Annual report on the health of the army in India
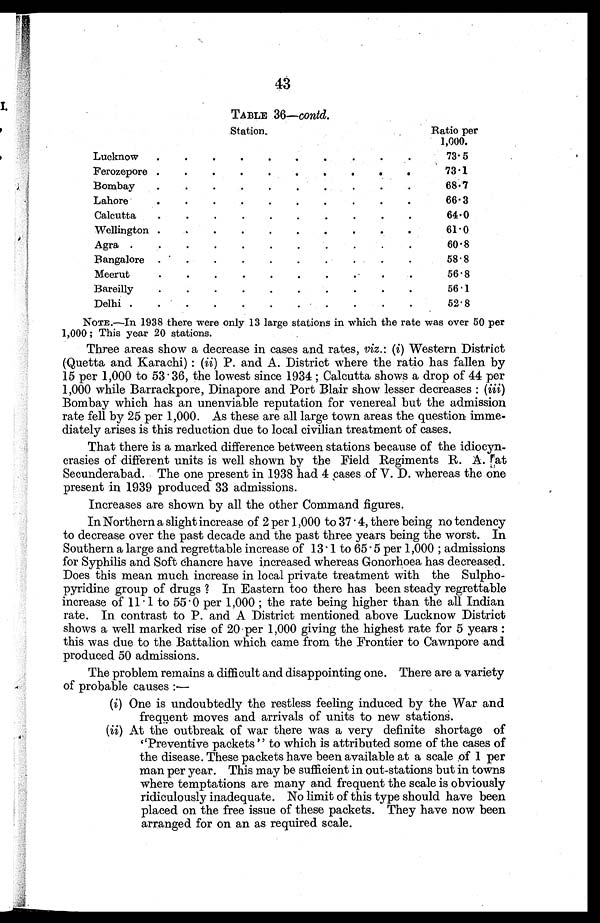
43
TABLE 36—contd.
Station.
Ratio per
1,000.
Lucknow. .
.
.
.
.
. .
.
.
73.5
Ferozepore .
.
.
.
.
.
. .
.
73.1
Bombay. .
.
.
.
.
.
. .
.
68. 7
Lahore. .
.
.
.
.
.
. .
.
66.3
Calcutta
. .
.
.
.
.
.
.
.
.
64. 0
Wellington. .
.
.
.
.
.
. .
.
61.0
Agra.
.
.
.
.
.
.
.
.
. .
6 0 . 8
Bangalore .
.
.
.
.
.
.
.
.
58.8
Meerut.
.
.
.
.
.
.
.
.
.
56.8
Bareilly .
.
.
.
.
.
.
.
.
.
56.1
Delhi.
.
.
.
.
.
.
.
.
.
52.8
NOTE.—In 1938 there were only 13 large stations in which the rate was over 50 per
1,000 ; This year 20 stations.
Three areas show a decrease in cases and rates, viz.: (i) Western District
(Quetta and Karachi) : (ii) P. and A. District where the ratio has fallen by
15 per 1,000 to 53.36, the lowest since 1934 ; Calcutta shows a drop of 44 per
1,000 while Barrackpore, Dinapore and Port Blair show lesser decreases : ( iii)
Bombay which has an unenviable reputation for venereal but the admission
rate fell by 25 per 1,000. As these are all large town areas the question imme
diately arises is this reduction due to local civilian treatment of cases.
That there is a marked difference between stations because of the idiocyn
crasies of different units is well shown by the Field Regiments R. A. at
Secunderabad. The one present in 1938 had 4 cases of V. D. whereas the one
present in 1939 produced 33 admissions.
Increases are shown by all the other Command figures.
In Northern a slight increase of 2 per 1,000 to 37.4, there being no tendency
to decrease over the past decade and the past three years being the worst. In
Southern a large and regrettable increase of 13.1 to 65.5 per 1,000 ; admissions
for Syphilis and Soft chancre have increased whereas Gonorhoea has decreased.
Does this mean much increase in local private treatment with the Sulpho
pyridine group of drugs ? In Eastern too there has been steady regrettable
increase of 11.1 to 55.0 per 1,000 ; the rate being higher than the all Indian
rate. In contrast to P. and A District mentioned above Lucknow District
shows a well marked rise of 20 per 1,000 giving the highest rate for 5 years :
this was due to the Battalion which came from the Frontier to Cawnpore and
produced 50 admissions.
The problem remains a difficult and disappointing one. There are a variety
of probable causes :—
(i) One is undoubtedly the restless feeling induced by the War and
frequent moves and arrivals of units to new stations.
(ii) At the outbreak of war there was a very definite shortage of
" P r e v e n t i v e p a c k e t s " t o w h i c h i s a t t r i b u t e d s o m e o f t h e c a s e s o f
the disease. These packets have been available at a scale of 1 per
man per year. This may be sufficient in out-stations but in towns
where temptations are many and frequent the scale is obviously
ridiculously inadequate. No limit of this type should have been
placed on the free issue of these packets. They have now been
arranged for on an as required scale.